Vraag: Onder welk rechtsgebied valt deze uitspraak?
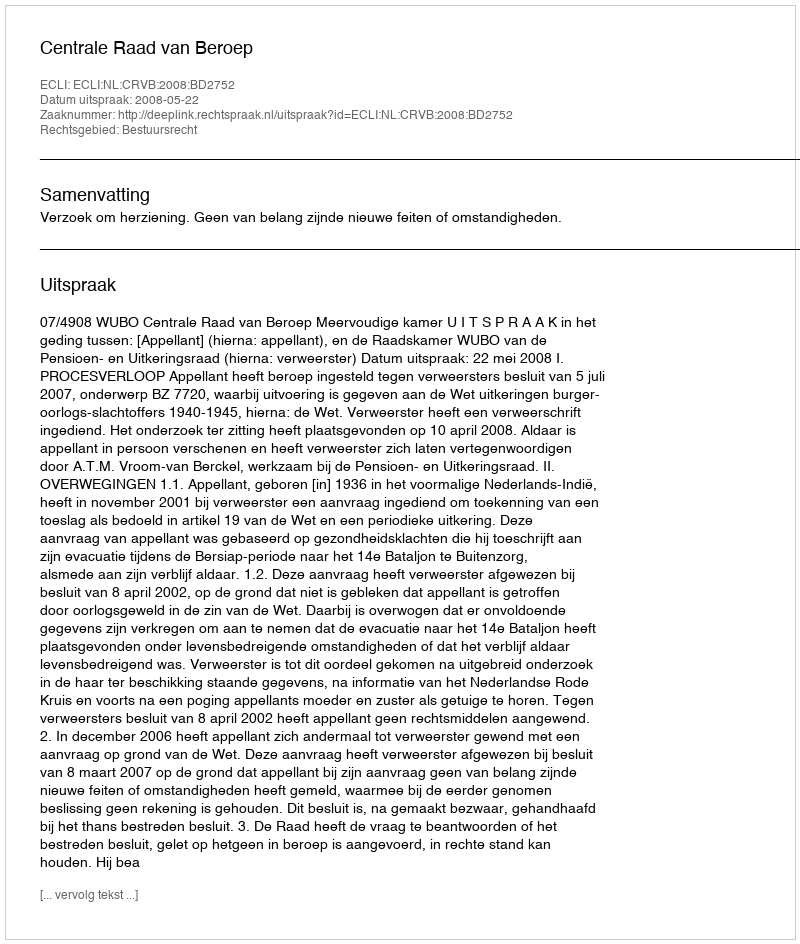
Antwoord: Bestuursrecht